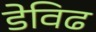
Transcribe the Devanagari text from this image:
डेविढ